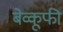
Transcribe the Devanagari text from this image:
बेव्कूफी